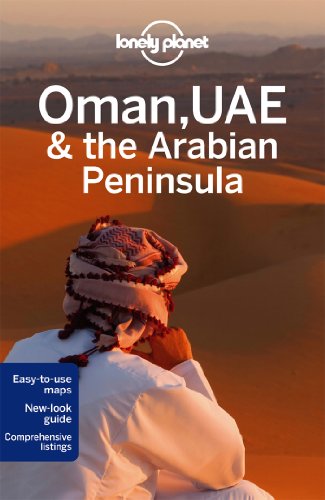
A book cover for Lonely Planet Oman, UAE & Arabian Peninsula (Travel Guide); Lonely Planet; Travel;